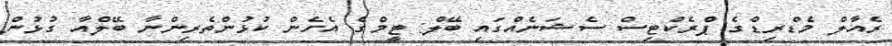
ރެއާލް މެޑްރިޑްގެ ޕްރެކްޓިސް ސެޝަނެއްގައި ބޭލް: ޓީމްގެ އެހެން ކުޅުންތެރިންނާ ބޭލްއާ ގުޅުން